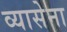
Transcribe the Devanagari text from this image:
व्यासेना